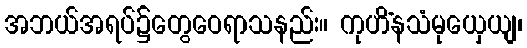
အဘယ်အရပ်၌တွေဝေရာသနည်း။ ကုဟိံနသံမုယှေယျ၊